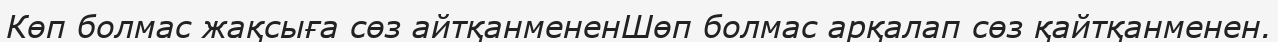
Көп болмас жақсыға сөз айтқанмененШөп болмас арқалап сөз қайтқанменен.